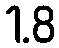
1.8